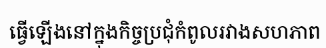
ធ្វើឡើងនៅក្នុងកិច្ចប្រជុំកំពូលរវាងសហភាព